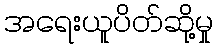
အရေးယူပိတ်ဆို့မှု